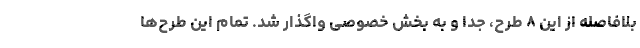
بلافاصله از این ۸ طرح، جدا و به بخش خصوصی واگذار شد. تمام این طرح‌ها